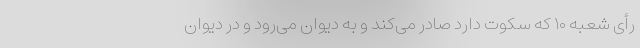
رأی شعبه ۱۰ که سکوت دارد صادر می‌کند و به دیوان می‌رود و در دیوان